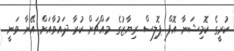
ކުރީގެ ކޮމިޝަނާ އޮފް ޕޮލިސް ރިޔާޒުގެ މައްޗަށް ކުރާ ދައުވާއަށް އޭނާ ވަނީ